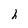
Character: h